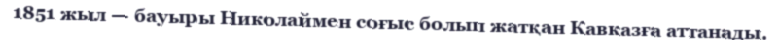
1851 жыл — бауыры Николаймен соғыс болып жатқан Кавказға аттанады.